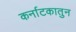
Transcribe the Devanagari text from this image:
कर्नाटकातुन